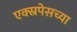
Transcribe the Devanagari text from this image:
एक्स्रपेसच्या